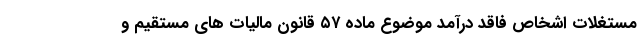
مستغلات اشخاص فاقد درآمد موضوع ماده ۵۷ قانون مالیات های مستقیم و